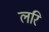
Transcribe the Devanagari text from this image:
लरि